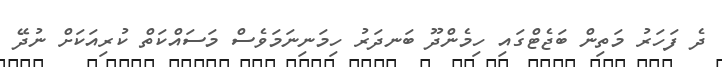
ދެ ފަހަރު މަތިން ބަޖެޓްގައި ހިމެންދޫ ބަނދަރު ހިމަނިނަމަވެސް މަސައްކަތް ކުރިއަކަށް ނުދޭ